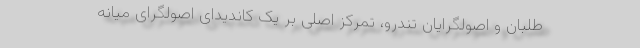
طلبان و اصولگرایان تندرو، تمرکز اصلی بر یک کاندیدای اصولگرای میانه